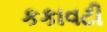
કકાવટી